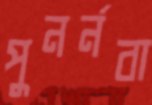
পুনর্নবা